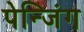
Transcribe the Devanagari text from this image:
पेन्जिंग